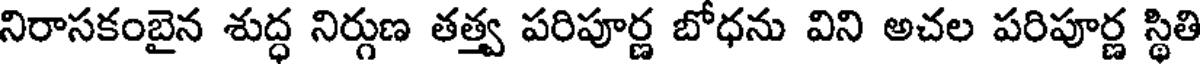
నిరాసకంబైన శుద్ధ నిర్గుణ తత్త్వ పరిపూర్ణ బోధను విని అచల పరిపూర్ణ స్థితి